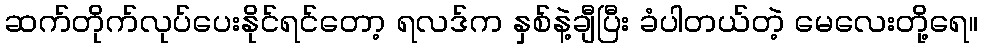
ဆက်တိုက်လုပ်ပေးနိုင်ရင်တော့ ရလဒ်က နှစ်နဲ့ချီပြီး ခံပါတယ်တဲ့ မေလေးတို့ရေ။